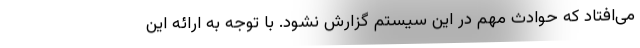
می‌افتاد که حوادث مهم در این سیستم گزارش نشود. با توجه به ارائه این